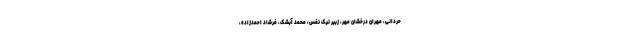
حردانی، مهران درخشان مهر، زبیر نیک نفس، محمد آبشک، فرشاد احمدزاده،